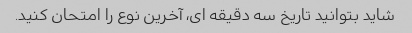
شاید بتوانید تاریخ سه دقیقه ای، آخرین نوع را امتحان کنید.